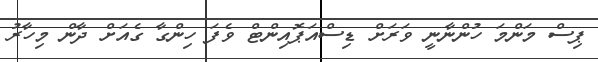
ޕިސް މަންމަ ހުންނާނީ ވަރަށް ޑިސްއަޕޮއިންޓް ވެފަ ހިންގާ ގެއަށް ދާން މިހާރު